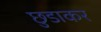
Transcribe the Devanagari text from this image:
छुडाकर